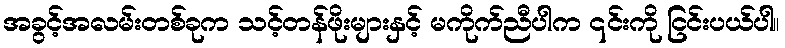
အခွင့်အလမ်းတစ်ခုက သင့်တန်ဖိုးများနှင့် မကိုက်ညီပါက ၎င်းကို ငြင်းပယ်ပါ။